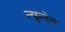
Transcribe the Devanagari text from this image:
न्युन्देन